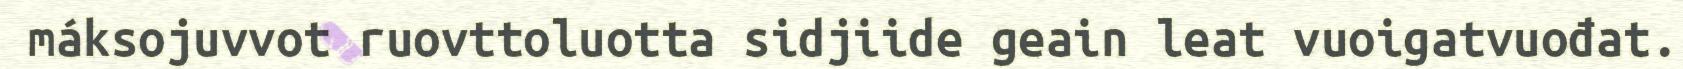
máksojuvvot ruovttoluotta sidjiide geain leat vuoigatvuođat.